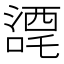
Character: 𭊼